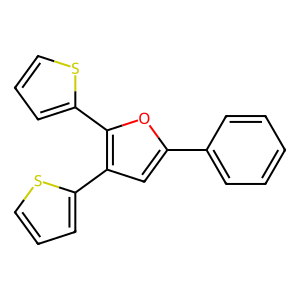
SMILES: c1ccc(-c2cc(-c3cccs3)c(-c3cccs3)o2)cc1
Inhibits HIV replication: No